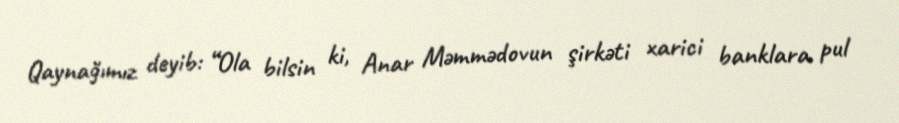
Qaynağımız deyib: “Ola bilsin ki, Anar Məmmədovun şirkəti xarici banklara pul